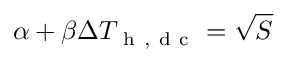
\alpha + \beta \Delta T _ { \mathrm { ~ h ~ , ~ d ~ c ~ } } = \sqrt { S }